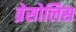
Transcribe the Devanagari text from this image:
ब्रेसोलिस